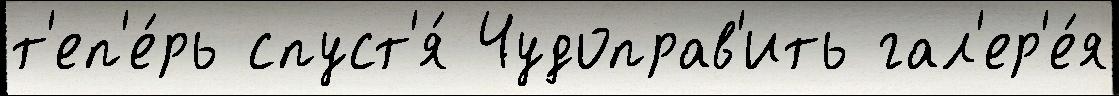
т'еп'е́рь спуст'я́ Чудоправ'ить гал'ер'е́я